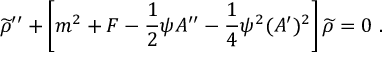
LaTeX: { \widetilde \rho } ^ { \prime \prime } + \left[ m ^ { 2 } + F - { \frac { 1 } { 2 } } \psi A ^ { \prime \prime } - { \frac { 1 } { 4 } } \psi ^ { 2 } ( A ^ { \prime } ) ^ { 2 } \right] { \widetilde \rho } = 0 ~ .